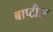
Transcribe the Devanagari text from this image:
बाप्टीस्ट